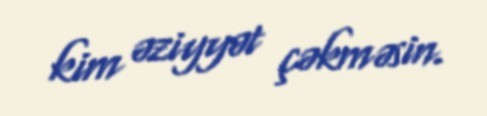
kim əziyyət çəkməsin.